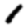
Digit: 1